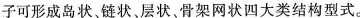
子可形成岛状，链状、层状，骨架网状四大类结构型式。